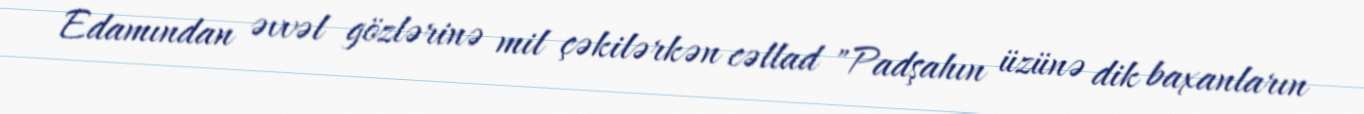
Edamından əvvəl gözlərinə mil çəkilərkən cəllad "Padşahın üzünə dik baxanların